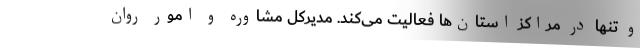
و تنها در مراکز استان‌ها فعالیت می‌کند. مدیرکل مشاوره و امور روان